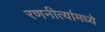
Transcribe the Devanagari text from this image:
रणनीत्यांमध्ये